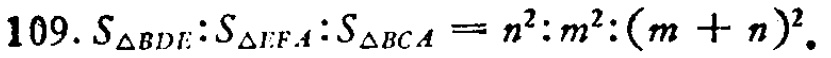
$109. S_{\triangle BDE}:S_{\triangle EFA}:S_{\triangle BCA}=n^{2}:m^{2}:(m + n)^{2}.$